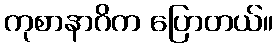
ကုစာနာဂိက ပြောတယ်။